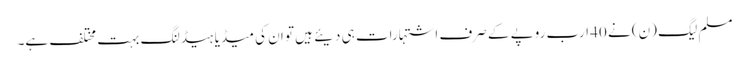
مسلم لیگ (ن) نے 40 ارب روپے کے صرف اشتہارات ہی دیئے ہیں تو ان کی میڈیا ہیڈلنگ بہت مختلف ہے۔